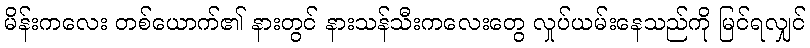
မိန်းကလေး တစ်ယောက်၏ နားတွင် နားသန်သီးကလေးတွေ လှုပ်ယမ်းနေသည်ကို မြင်ရလျှင်